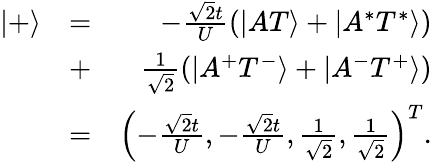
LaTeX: \begin{array}{rlr}{|+\rangle}&{=}&{-\frac{\sqrt{2}t}{U}\left(|AT\rangle+|A^{*}T^{*}\rangle\right)}\\ &{+}&{\frac{1}{\sqrt{2}}\left(|A^{+}T^{-}\rangle+|A^{-}T^{+}\rangle\right)}\\ &{=}&{\left(-\frac{\sqrt{2}t}{U},-\frac{\sqrt{2}t}{U},\frac{1}{\sqrt{2}},\frac{1}{\sqrt{2}}\right)^{T}.}\end{array}